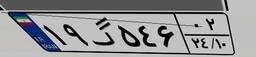
۱۹گ۵۴۶۰۲